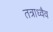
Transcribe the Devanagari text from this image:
तत्राध्वैव